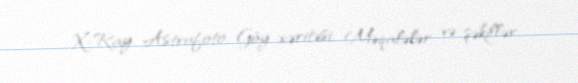
X-Ray, Astrofoto, Göy xəritəsi, Məqalələr və şəkillər.